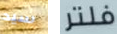
سيد فلتر